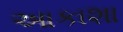
આકાશા